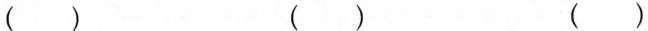
() () ()